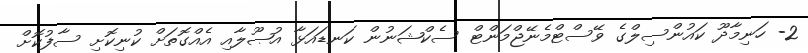
2- ހަނިމާދޫ ކައުންސިލްގެ ވޭސްޓްމެނޭޖްމަންޓް ސެކްޝަނުން ކަނޑައަޅާ އުޞޫލާއި އެއްގޮތަށް ކުނިކޮށި ސާފުކޮށް